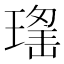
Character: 𱯗